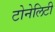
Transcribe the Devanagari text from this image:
टोनेलिटी